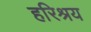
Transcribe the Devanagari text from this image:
हरिश्रय